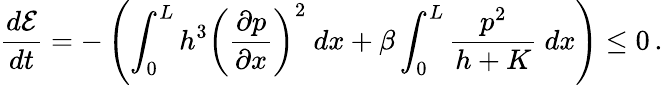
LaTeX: \frac{d\mathcal{E}}{dt}=-\left(\int_{0}^{L}h^{3}\left(\frac{\partial p}{\partial x}\right)^{2}~dx+\beta\int_{0}^{L}\frac{p^{2}}{h+K}~dx\right)\le 0\, .